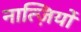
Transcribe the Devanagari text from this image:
नात्ज़ियों